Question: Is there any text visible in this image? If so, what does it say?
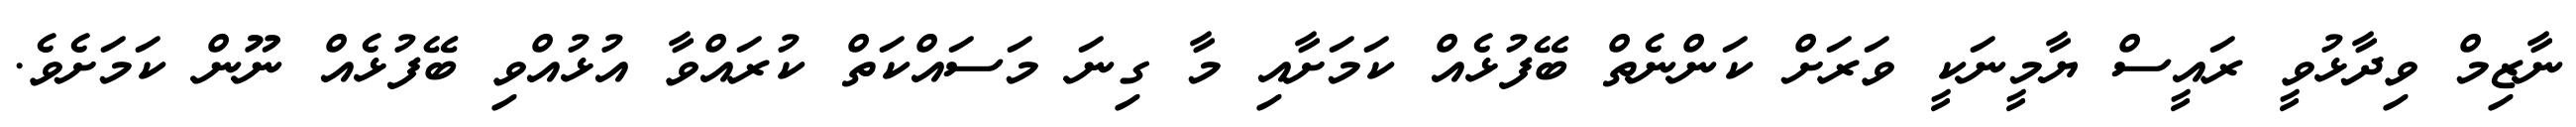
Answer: ނާޒިމް ވިދާޅުވީ ރައީސް ޔާމީނަކީ ވަރަށް ކަންނެތް ބޭފުޅެއް ކަމަށާއި މާ ގިނަ މަސައްކަތް ކުރައްވާ އުޅުއްވި ބޭފުޅެއް ނޫން ކަމަށެވެ.